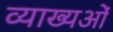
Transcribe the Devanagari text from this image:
व्याख्यओं